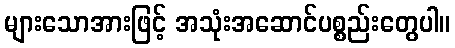
များသောအားဖြင့် အသုံးအဆောင်ပစ္စည်းတွေပါ။